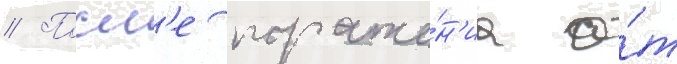
// Посл'е пораже́н'иа о́т